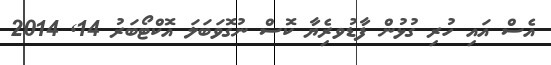
އެސް އައި ހުރި ގުޅުން ފާޑުވރެިޔާ ކޮސް ނުގޮވަބަލަ އޮކްޓޯބަރު 14